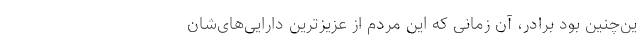
ین‌چنین بود برادر، آن زمانی که این مردم از عزیزترین دارایی‌های‌شان